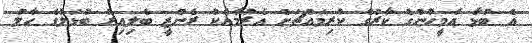
އެ ބުޅާ އެމީހުންގެ ކާރުގެ ކުރިމައްޗަށް އެރުމާއެކު ރެންޒީ ބެލިއިރު ބުޅަލުގެ ހާލު